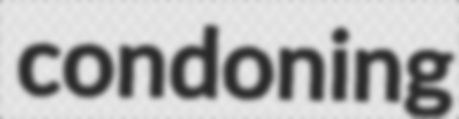
condoning